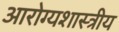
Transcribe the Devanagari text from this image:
आरोग्यशास्त्रीय